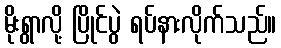
မိုးရွာလို့ ပြိုင်ပွဲ ရပ်နားလိုက်သည်။